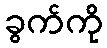
ခွက်ကို